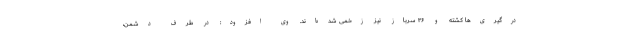
درگیری‌ها کشته و ۳۶ سرباز نیز زخمی شده‌اند. وی افزود: در طرف دشمن،